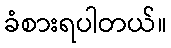
ခံစားရပါတယ်။